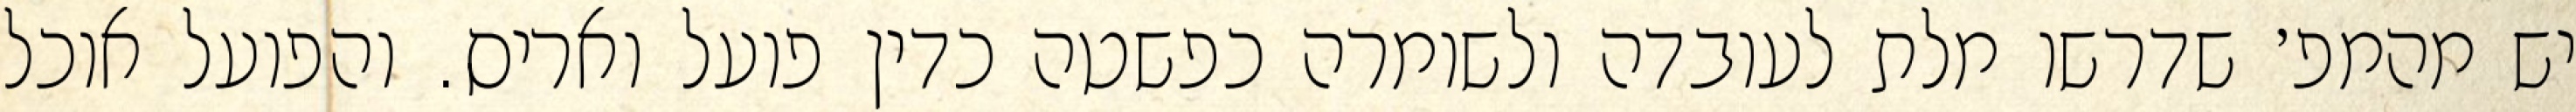
יש מהמפ׳ שדרשו מלת לעובדה ולשומרה כפשטה כדין פועל ואריס. והפועל אוכל